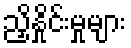
ညှိနှိုင်းမှုများ